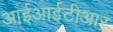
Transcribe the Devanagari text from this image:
आईआईटीआर